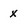
Character: x